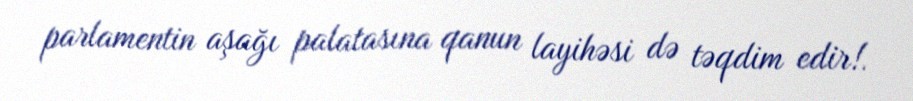
parlamentin aşağı palatasına qanun layihəsi də təqdim edir!.